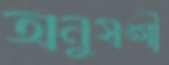
অনুষঙ্গী